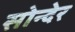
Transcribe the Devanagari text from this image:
सोन्देर